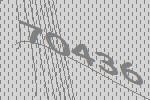
70436